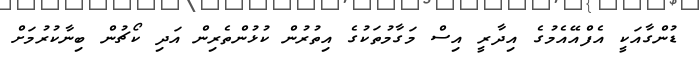
ޑުންގާއަކީ އެފްއޭއެމުގެ އިދާރީ އިސް މަގާމުތަކުގެ އިތުރުން ކުޅުންތެރިން އަދި ކޯޗުން ބިނާކުރުމަށް